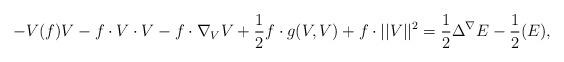
LaTeX: \begin{align*}-V(f) V - f \cdot V \cdot V - f \cdot \nabla_V V + \frac{1}{2} f \cdot g(V,V) + f \cdot ||V||^2 = \frac{1}{2} \Delta^{\nabla} E - \frac{1}{2} (E), \end{align*}